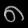
Digit: ၈